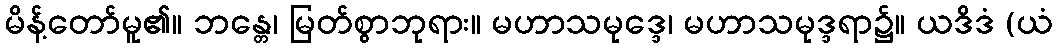
မိန့်တော်မူ၏။ ဘန္တေ၊ မြတ်စွာဘုရား။ မဟာသမုဒ္ဒေ၊ မဟာသမုဒ္ဒရာ၌။ ယဒိဒံ (ယံ